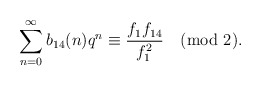
\begin{align*}\sum_{n=0}^{\infty}b_{14}(n)q^n\equiv \frac{f_1f_{14}}{f^2_{1}}\pmod{2}.\end{align*}